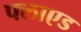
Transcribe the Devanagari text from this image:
फ्लाएड